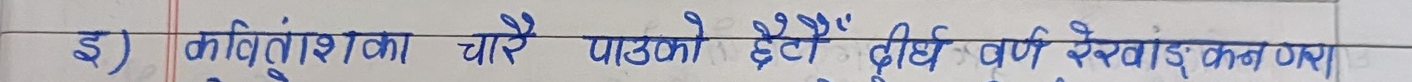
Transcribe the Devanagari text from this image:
इ) कविंशांका चारै पाडको छैदी दीर्ध वर्ण रेखाई कुन यश